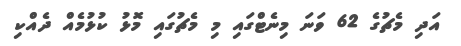
އަދި މެޗުގެ 62 ވަނަ މިނެޓްގައި މި މެޗުގައި މޮޅު ކުޅުމެއް ދެއްކި